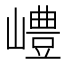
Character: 𡽍